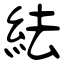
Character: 紶